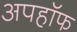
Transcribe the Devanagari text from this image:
अपहॉफ